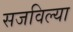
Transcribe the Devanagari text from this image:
सजविल्या